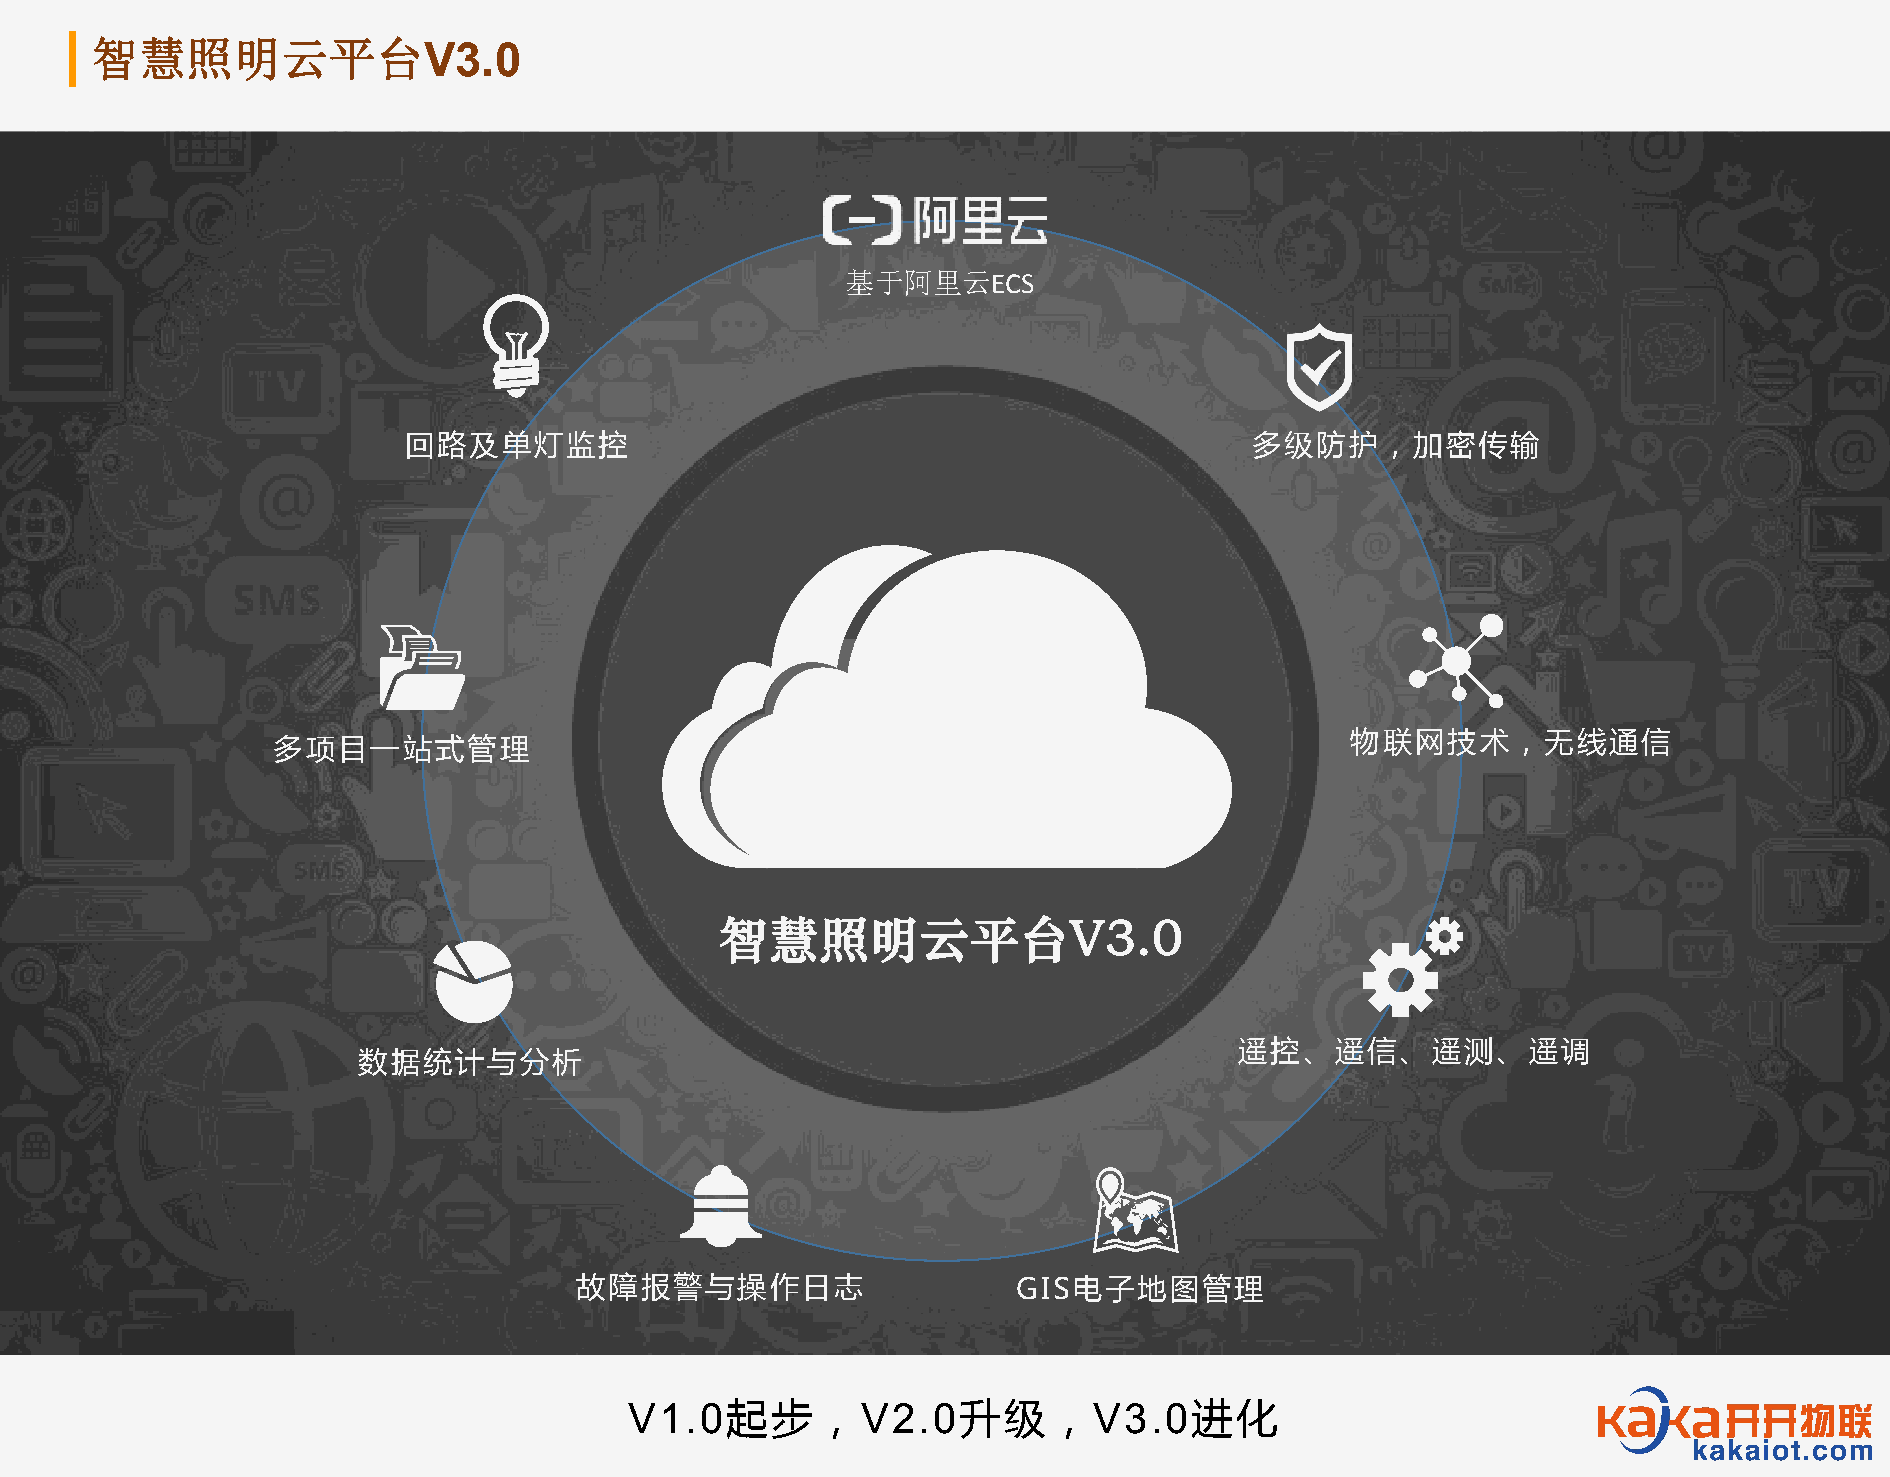
智慧照明云平台
 V3.0
 基于阿里云ECS
 回路及单灯监控                                                 多级防护，加密传输
 物联网技术，无线通信
 多项目一站式管理
 智慧照明云平台V3.0
 遥控、遥信、遥测、遥调
 数据统计与分析
 故障报警与操作日志                    GIS电子地图管理
 V1.0起步，V2.0升级，V3.0进化